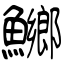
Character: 鱜